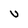
Character: U